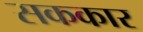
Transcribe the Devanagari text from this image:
सककार